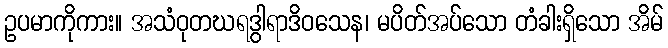
ဥပမာကိုကား။ အသံဝုတဃရဒွါရာဒိဝသေန၊ မပိတ်အပ်သော တံခါးရှိသော အိမ်